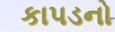
કાપડનો